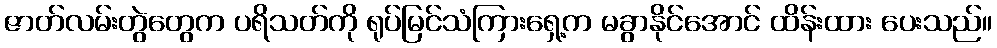
ဇာတ်လမ်းတွဲတွေက ပရိသတ်ကို ရုပ်မြင်သံကြားရှေ့က မခွာနိုင်အောင် ထိန်းထား ပေးသည်။